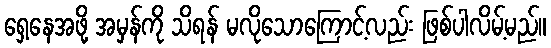
ရှေ့နေအဖို့ အမှန်ကို သိရန် မလိုသောကြောင့်လည်း ဖြစ်ပါလိမ့်မည်။